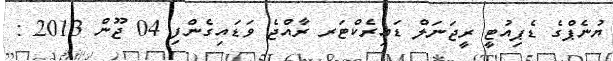
ޔުނެޕްގެ ޑެޕިއުޓީ ރީޖަނަލް ޑައިރެކްޓަރ ރާއްޖެ ވަޑައިގެންފި 04 ޖޫން 2013 :